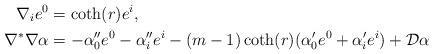
LaTeX: \begin{align*}\nabla_{i} e^{0}&=\coth(r)e^{i},\\\nabla^{\ast}\nabla \alpha &=-\alpha_{0}^{\prime\prime}e^{0}-\alpha_{i}^{\prime\prime}e^{i}-(m-1)\coth(r)(\alpha_{0}^{\prime}e^{0}+\alpha_{i}^{\prime}e^{i}) +\mathcal{D}\alpha\end{align*}